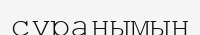
сұранымын